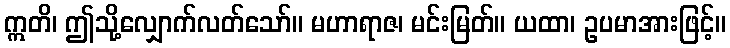
ဣတိ၊ ဤသို့လျှောက်လတ်သော်။ မဟာရာဇ၊ မင်းမြတ်။ ယထာ၊ ဥပမာအားဖြင့်။